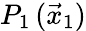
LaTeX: P_{1}\, (\vec{x}_{1})